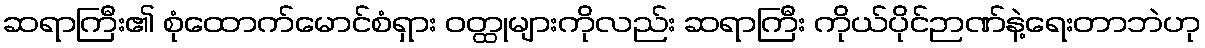
ဆရာကြီး၏ စုံထောက်မောင်စံရှား ဝတ္ထုများကိုလည်း ဆရာကြီး ကိုယ်ပိုင်ဉာဏ်နဲ့ရေးတာဘဲဟု